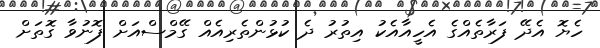
ހެޔޮ އެދޭ ފަރާތެއްގެ އެހީއާއެކު އިތުރު ދެ ކުޅުންތެރިއެއް ގޭމްސްއަށް ފޮނުވާ ގޮތަށް